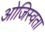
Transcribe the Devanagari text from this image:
ओजिस्वता